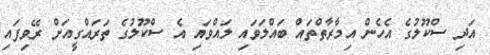
އަދި ސްކޫލުގެ އެހެން އިމާރާތްތައް ބައްލަވައި ލައްވައި އެ ސްކޫލުގެ ތަރައްގީއަށް ރޭވިފައި